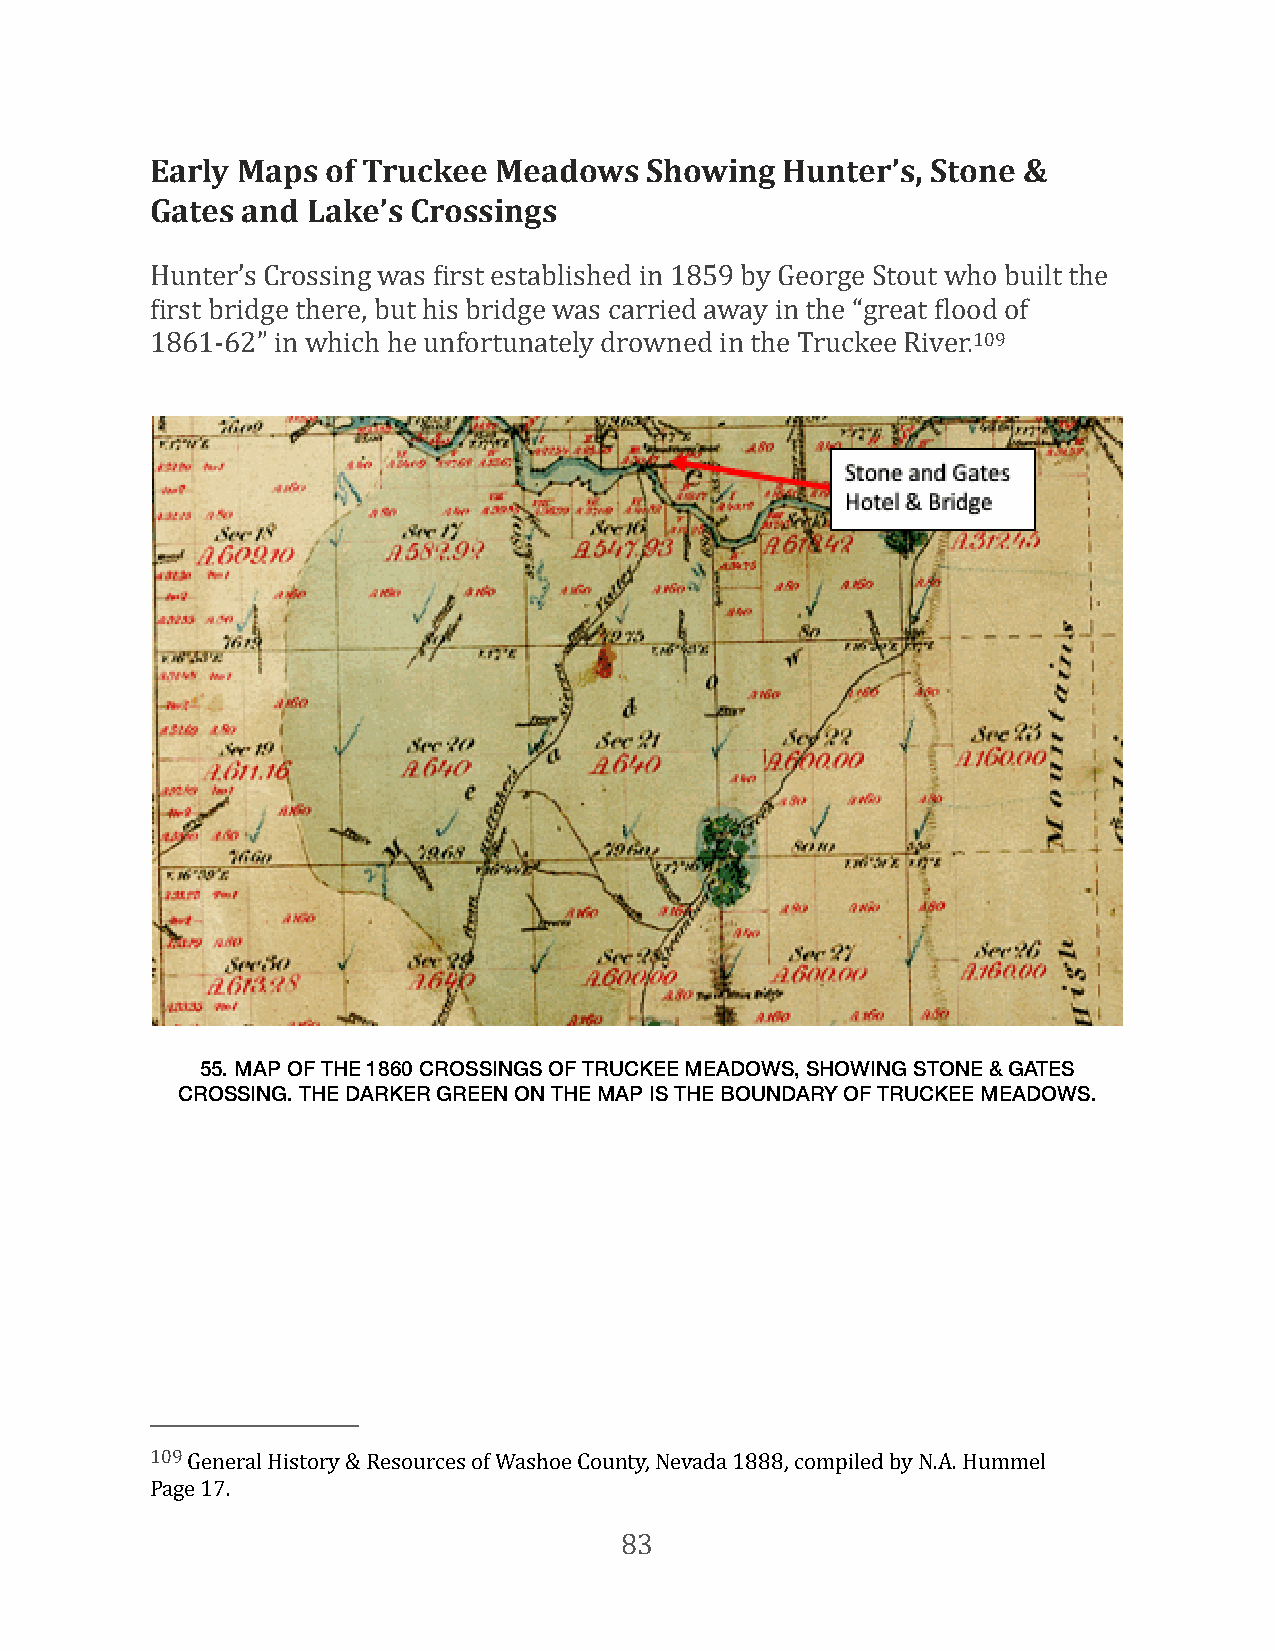
Early Maps  of Truckee Meadows   Showing  Hunter’s, Stone &
 Gates and Lake’s Crossings
 Hunter’s Crossing was First established in 1859 by George Stout who built the
 First bridge there, but his bridge was carried away in the “great Flood of
 1861-62” in which he unfortunately drowned in the Truckee River.109
 55. MAP OF THE 1860 CROSSINGS OF TRUCKEE MEADOWS, SHOWING STONE & GATES
 CROSSING. THE DARKER GREEN ON THE MAP IS THE BOUNDARY OF TRUCKEE MEADOWS.
 109 General History & Resources of Washoe County, Nevada 1888, compiled by N.A. Hummel
 Page 17.
 83